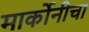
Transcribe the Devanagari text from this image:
मार्कोनीचा